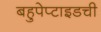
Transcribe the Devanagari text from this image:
बहुपेप्टाइडची